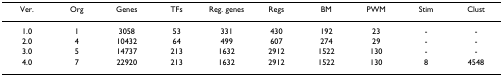
<table><thead><tr><td><b>Ver.</b></td><td><b>Org</b></td><td><b>Genes</b></td><td><b>TFs</b></td><td><b>Reg. genes</b></td><td><b>Regs</b></td><td><b>BM</b></td><td><b>PWM</b></td><td><b>Stim</b></td><td><b>Clust</b></td></tr></thead><tbody><tr><td>1.0</td><td>1</td><td>3058</td><td>53</td><td>331</td><td>430</td><td>192</td><td>23</td><td>-</td><td>-</td></tr><tr><td>2.0</td><td>4</td><td>10432</td><td>64</td><td>499</td><td>607</td><td>274</td><td>29</td><td>-</td><td>-</td></tr><tr><td>3.0</td><td>5</td><td>14737</td><td>213</td><td>1632</td><td>2912</td><td>1522</td><td>130</td><td>-</td><td>-</td></tr><tr><td>4.0</td><td>7</td><td>22920</td><td>213</td><td>1632</td><td>2912</td><td>1522</td><td>130</td><td>8</td><td>4548</td></tr></tbody></table>